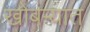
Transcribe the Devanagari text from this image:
खोबऱ्यात